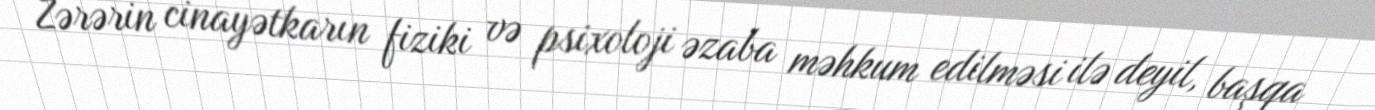
Zərərin cinayətkarın fiziki və psixoloji əzaba məhkum edilməsi ilə deyil, başqa